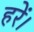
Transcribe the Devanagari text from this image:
हरें।